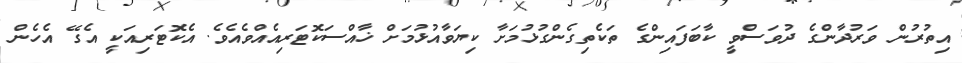
އިތުރުން ވަރުދާންގެ ދުވަސްވީ ކާބަފައިންގެ ތަކެތިގެންގުޅުމަށާ ކިޔަވާއުޅުމަށް ޚާއްސަކޮޓަރިއެއްވެއެވެ. އެކޮޓަރިއަކީ އެގޭ އެހެން